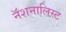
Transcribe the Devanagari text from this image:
नॅशनालिस्ट